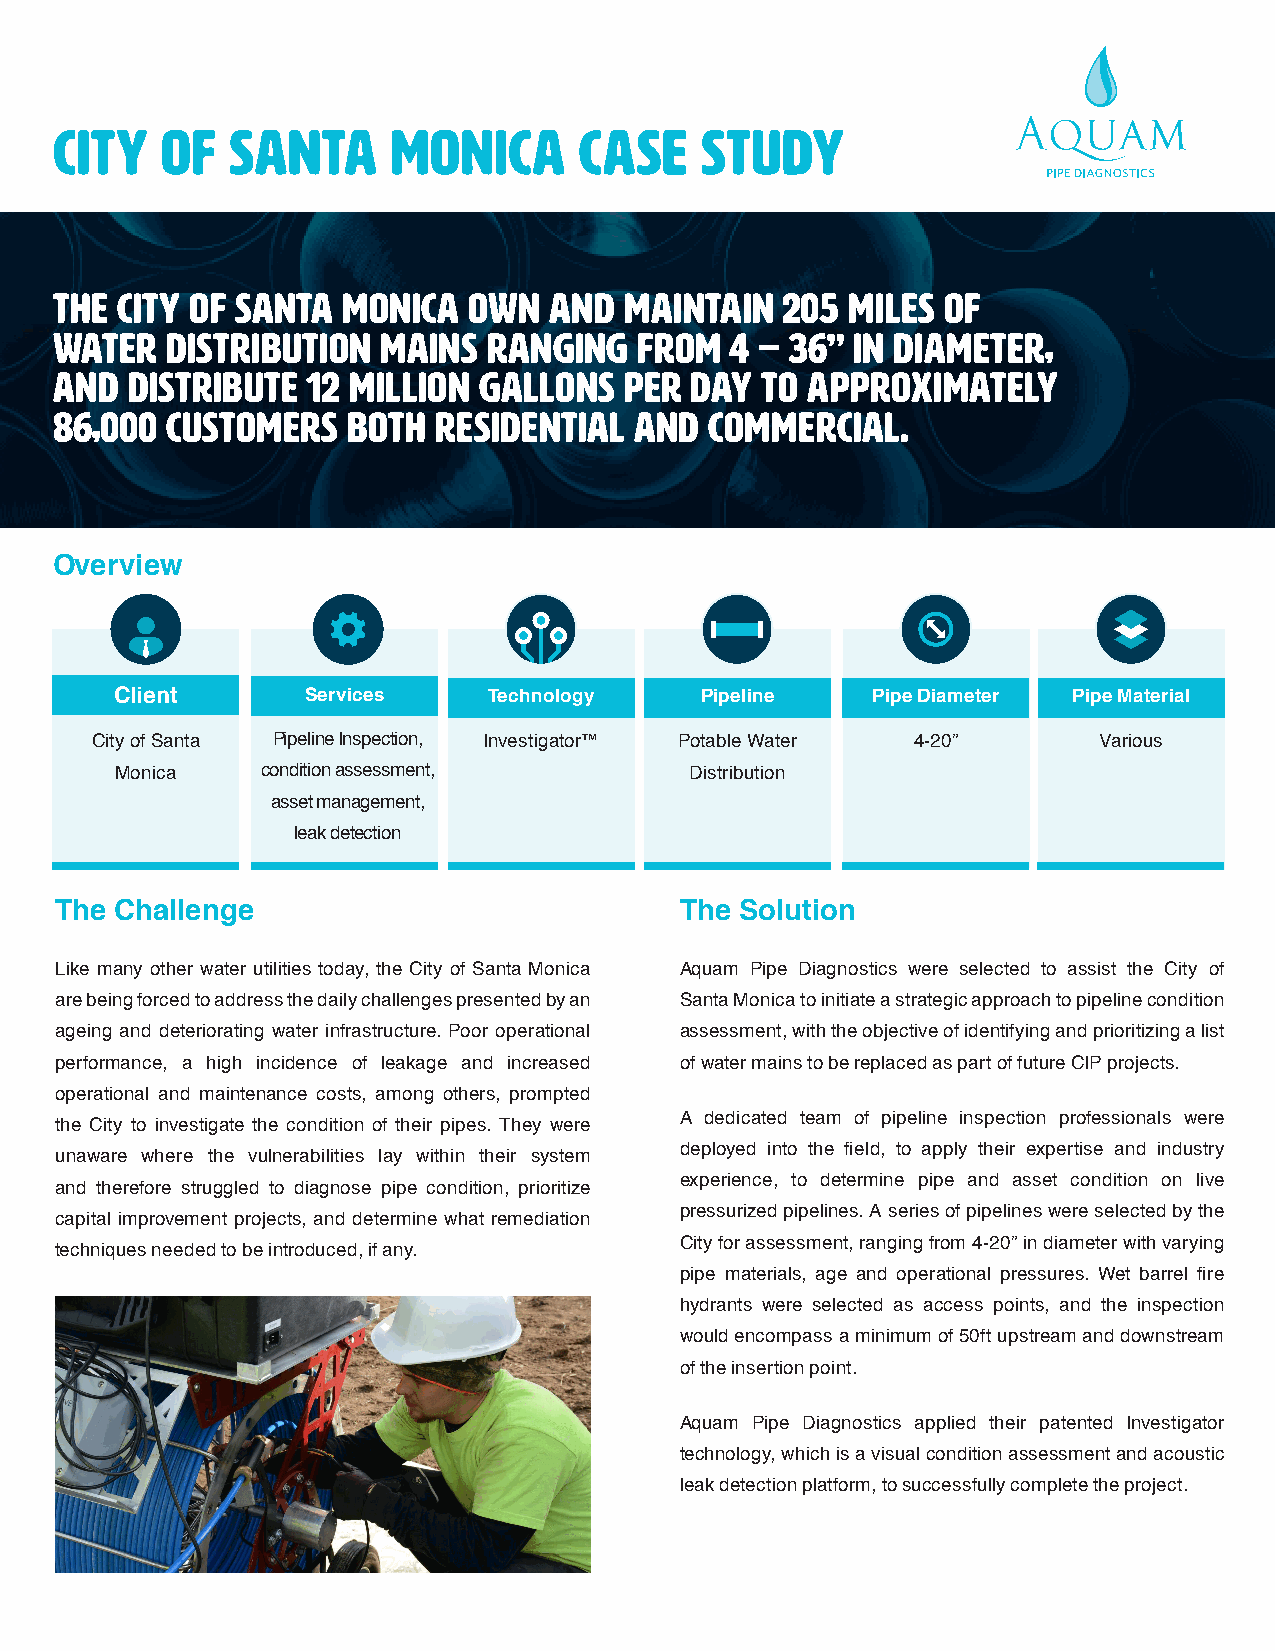
CITY   OF  SANTA      MONICA      CASE    STUDY
 THE CITY OF SANTA  MONICA  OWN  AND  MAINTAIN   205 MILES OF
 WATER  DISTRIBUTION  MAINS  RANGING   FROM  4 – 36” IN DIAMETER,
 AND DISTRIBUTE  12 MILLION  GALLONS  PER  DAY TO APPROXIMATELY
 86,000  CUSTOMERS   BOTH  RESIDENTIAL  AND  COMMERCIAL.
 Overview
 Client      Services    Technology    Pipeline    Pipe Diameter Pipe Material
 City of Santa Pipeline Inspection, Investigator™ Potable Water 4-20” Various
 Monica   condition assessment,        Distribution
 asset management,
 leak detection
 The Challenge                            The Solution
 Like many other water utilities today, the City of Santa Monica Aquam Pipe Diagnostics were selected to assist the City of
 are being forced to address the daily challenges presented by an Santa Monica to initiate a strategic approach to pipeline condition
 ageing and deteriorating water infrastructure. Poor operational assessment, with the objective of identifying and prioritizing a list
 performance, a high incidence of leakage and increased of water mains to be replaced as part of future CIP projects.
 operational and maintenance costs, among others, prompted
 A dedicated team of pipeline inspection professionals were
 the City to investigate the condition of their pipes. They were
 deployed into the field, to apply their expertise and industry
 unaware where the vulnerabilities lay within their system
 experience, to determine pipe and asset condition on live
 and therefore struggled to diagnose pipe condition, prioritize
 pressurized pipelines. A series of pipelines were selected by the
 capital improvement projects, and determine what remediation
 City for assessment, ranging from 4-20” in diameter with varying
 techniques needed to be introduced, if any.
 pipe materials, age and operational pressures. Wet barrel fire
 hydrants were selected as access points, and the inspection
 would encompass a minimum of 50ft upstream and downstream
 of the insertion point.
 Aquam Pipe Diagnostics applied their patented Investigator
 technology, which is a visual condition assessment and acoustic
 leak detection platform, to successfully complete the project.